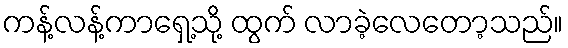
ကန့်လန့်ကာရှေ့သို့ ထွက် လာခဲ့လေတော့သည်။